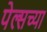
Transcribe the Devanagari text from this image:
पेल्सच्या